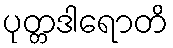
ပုတ္တဒါရောတိ